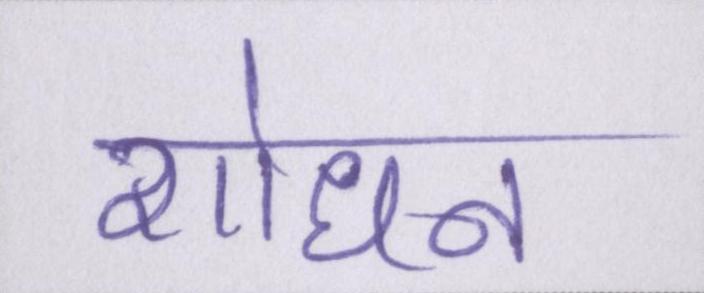
शोधन